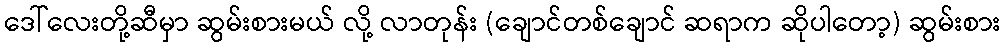
ဒေါ်လေးတို့ဆီမှာ ဆွမ်းစားမယ် လို့ လာတုန်း (ချောင်တစ်ချောင် ဆရာက ဆိုပါတော့) ဆွမ်းစား